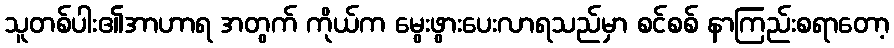
သူတစ်ပါး၏အာဟာရ အတွက် ကိုယ်က မွေးဖွားပေးလာရသည်မှာ စင်စစ် နာကြည်းစရာတော့